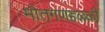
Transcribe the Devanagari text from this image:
मोतगणहळ्ळी